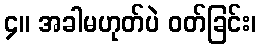
၄။ အခါမဟုတ်ပဲ ဝတ်ခြင်း၊